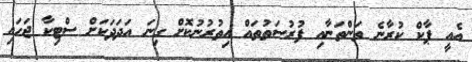
އެއީ ޕާކް ކުރާނެ ތަންތަނާއި ފުރުސަތުތައް އިތުރުނުކޮށް ގިނަ އަދަދަކަށް ސްޓިކާ ޖަހައި